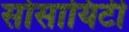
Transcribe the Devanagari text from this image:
सोसायिटी